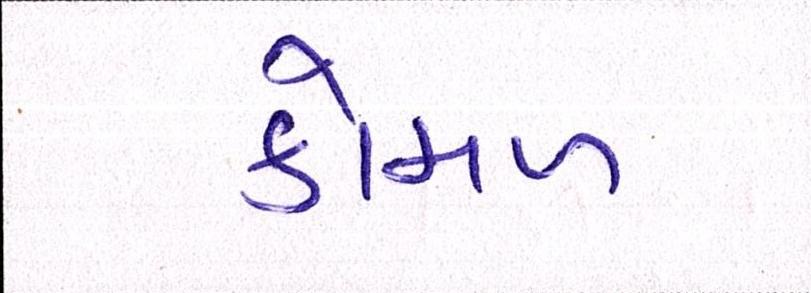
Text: કોમળ